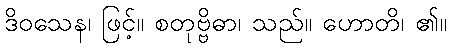
ဒိဝသေန၊ ဖြင့်။ စတုဗ္ဗိဓာ၊ သည်။ ဟောတိ၊ ၏။